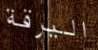
اليرقة